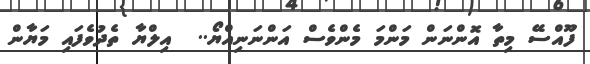
ފޫއްސޭ މިތާ އޮންނަން މަންމަ މެންވެސް އަންނަނިއްޔޯ..  އިލްޔާ ތެދުވެފައި މަޔާން